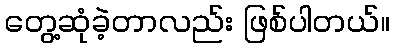
တွေ့ဆုံခဲ့တာလည်း ဖြစ်ပါတယ်။